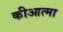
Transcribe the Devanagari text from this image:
कीआत्मा